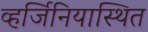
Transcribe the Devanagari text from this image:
व्हर्जिनियास्थित